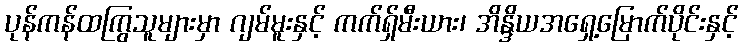
ပုန်ကန်ထကြွသူများမှာ ဂျမ်မူးနှင့် ကက်ရှ်မီးယား၊ အိန္ဒိယအရှေ့မြောက်ပိုင်းနှင့်